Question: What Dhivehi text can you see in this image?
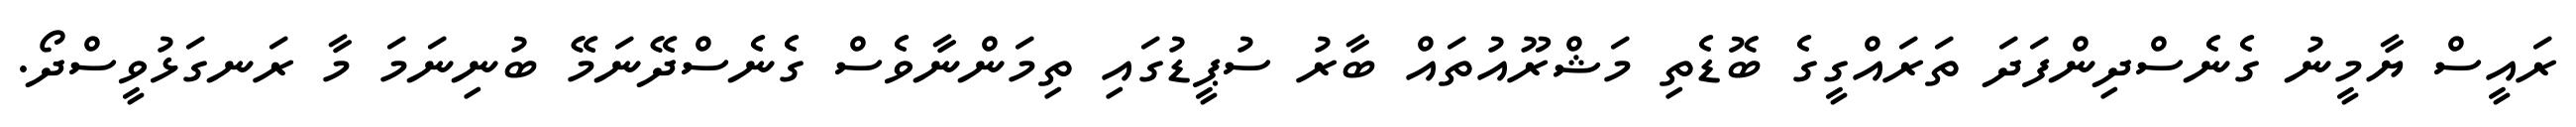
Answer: ރައީސް ޔާމީނު ގެނެސްދިންފަދަ ތަރައްގީގެ ބޮޑެތި މަޝްރޫއުތައް ބާރު ސުޕީޑުގައި ތިމަންނާވެސް ގެނެސްދޭނަމޭ ބުނިނަމަ މާ ރަނގަޅުވީސްދޯ.